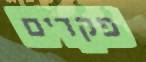
פקדים